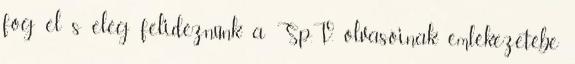
fog el s elég felidéznünk a Sp.V. olvasóinak emlékezetébe